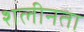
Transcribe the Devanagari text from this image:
शलीनता